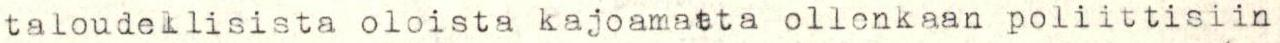
taloudellisista oloista kajoamatta ollenkaan poliittisiin